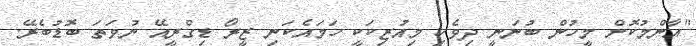
"އާންމުކޮށް މީހުން ބުނަނީ ދިވެހި މިއުޒިކަކީ ހަމައެކަނި ޒީރޯ ޑިގްރީއޭ ނުވަތަ ބޮޑުބެރޭ.